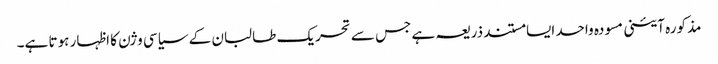
مذکورہ آئینی مسودہ واحد ایسا مستند ذریعہ ہے جس سے تحریک طالبان کے سیاسی وژن کا اظہار ہوتا ہے۔